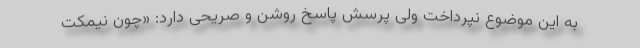
به این موضوع نپرداخت ولی پرسش پاسخ روشن و صریحی دارد: «چون نیمکت